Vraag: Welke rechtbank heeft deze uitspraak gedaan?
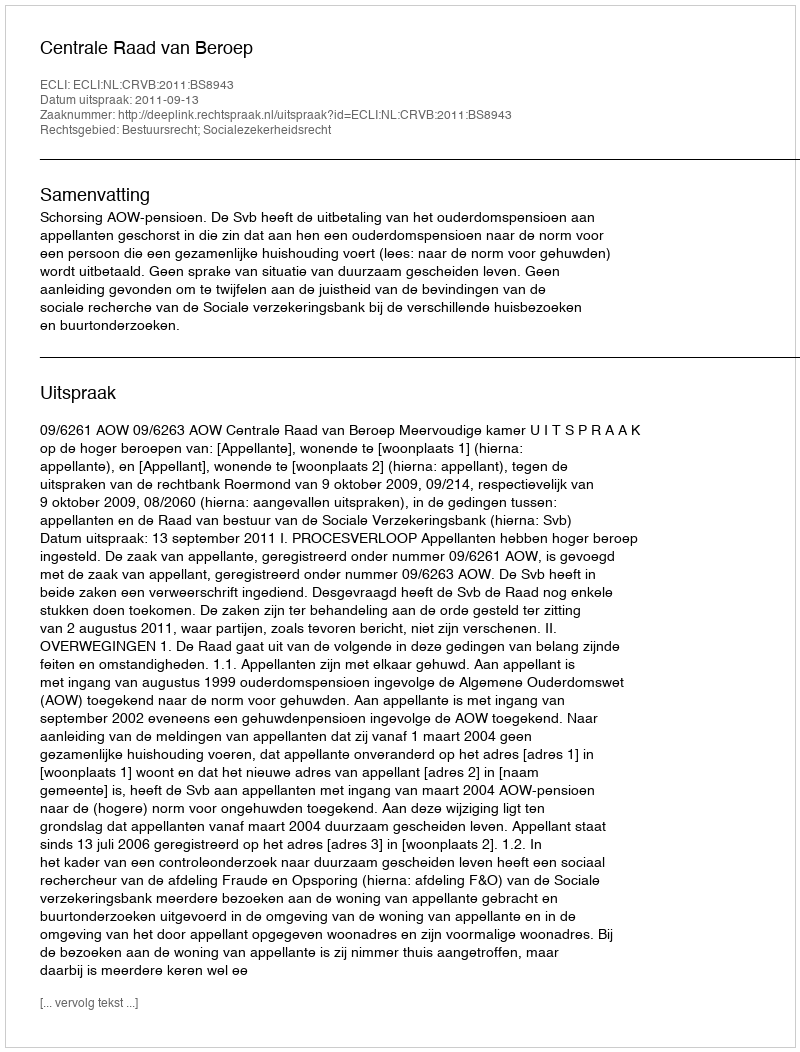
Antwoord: Centrale Raad van Beroep